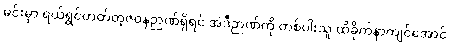
မင်းမှာ ရယ်ရွှင်တတ်တဲ့ဇဝနဉာဏ်ရှိရင် အဲဒီဉာဏ်ကို တစ်ပါးသူ ထိခိုက်နာကျင်အောင်